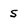
Character: 5